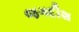
જગદીશ